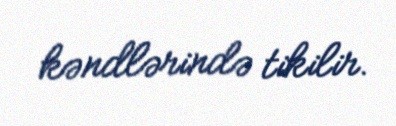
kəndlərində tikilir.